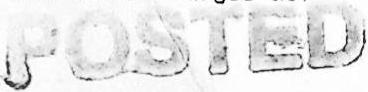
POSTED